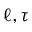
\ell , \tau